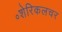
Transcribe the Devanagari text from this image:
॰शेरिकलचर